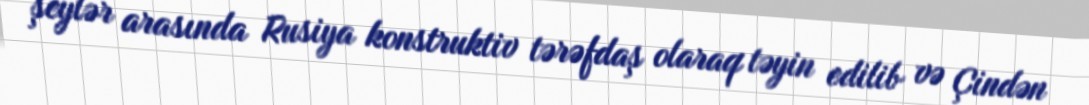
şeylər arasında Rusiya konstruktiv tərəfdaş olaraq təyin edilib və Çindən